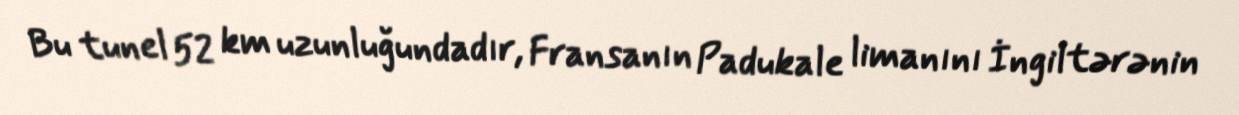
Bu tunel 52 km uzunluğundadır, Fransanın Padukale limanını İngiltərənin